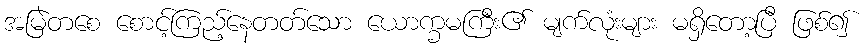
အမြဲတစေ စောင့်ကြည့်နေတတ်သော ယောက္ခမကြီး၏ မျက်လုံးများ မရှိတော့ပြီ ဖြစ်၍